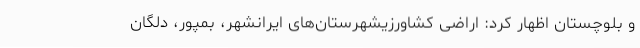
و بلوچستان اظهار کرد: اراضی کشاورزیشهرستان‌های ایرانشهر، بمپور، دلگان